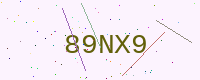
Text: 89NX9